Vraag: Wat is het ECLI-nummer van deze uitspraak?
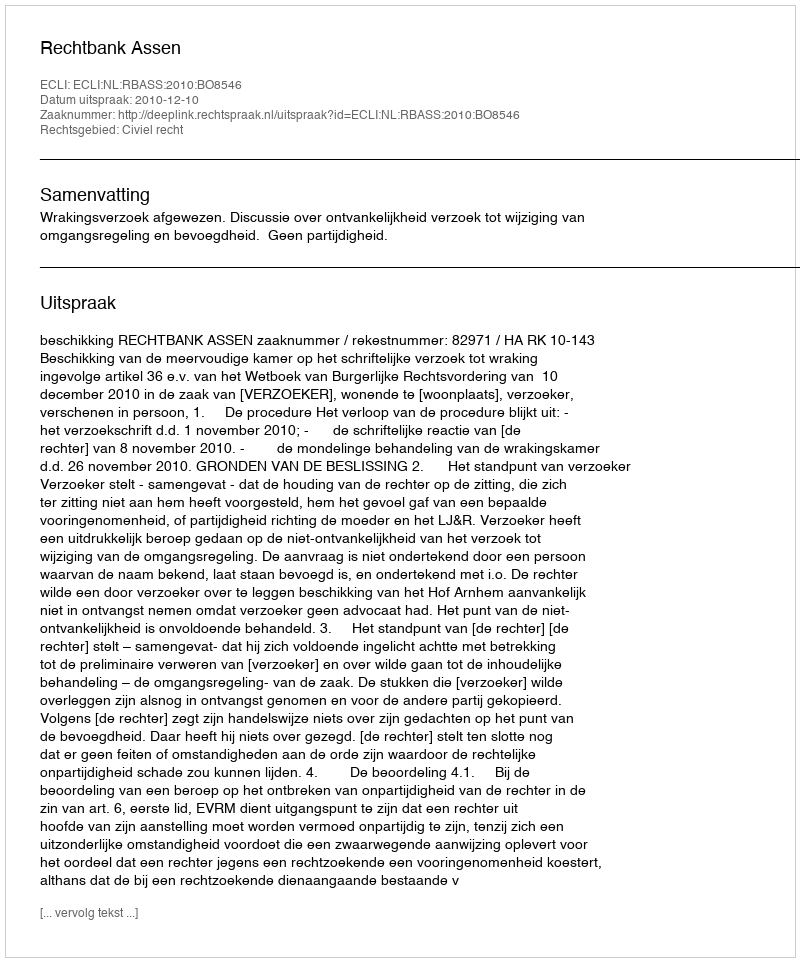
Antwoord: ECLI:NL:RBASS:2010:BO8546